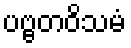
ပဗ္ဗတဝိသမံ